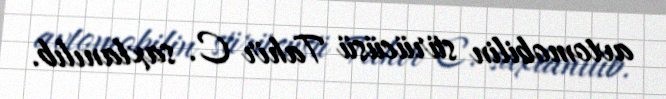
avtomobilin sürücüsü Tahir C. saxlanılıb.